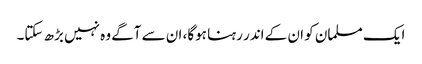
ایک مسلمان کو ان کے اندر رہنا ہوگا، ان سے آگے وہ نہیں بڑھ سکتا۔